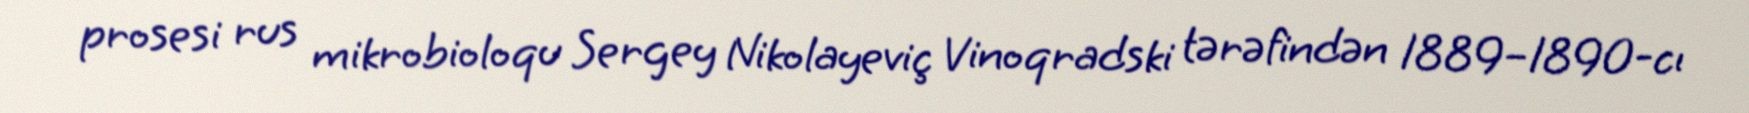
prosesi rus mikrobioloqu Sergey Nikolayeviç Vinoqradski tərəfindən 1889–1890-cı